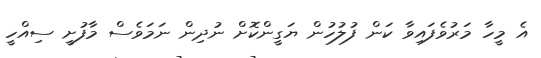
އެ މީހާ މަރުވެފައިވާ ކަން ފުލުހުން ޔަގީންކޮށް ނުދިން ނަމަވެސް މާފުށީ ސިއްހީ